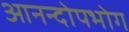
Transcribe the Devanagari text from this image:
आनन्दोपभोग